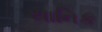
યાનિક